Annual report of the Civil Veterinary Department, Bengal, for the year 1898-99 - 1898-1899
Year: 1898
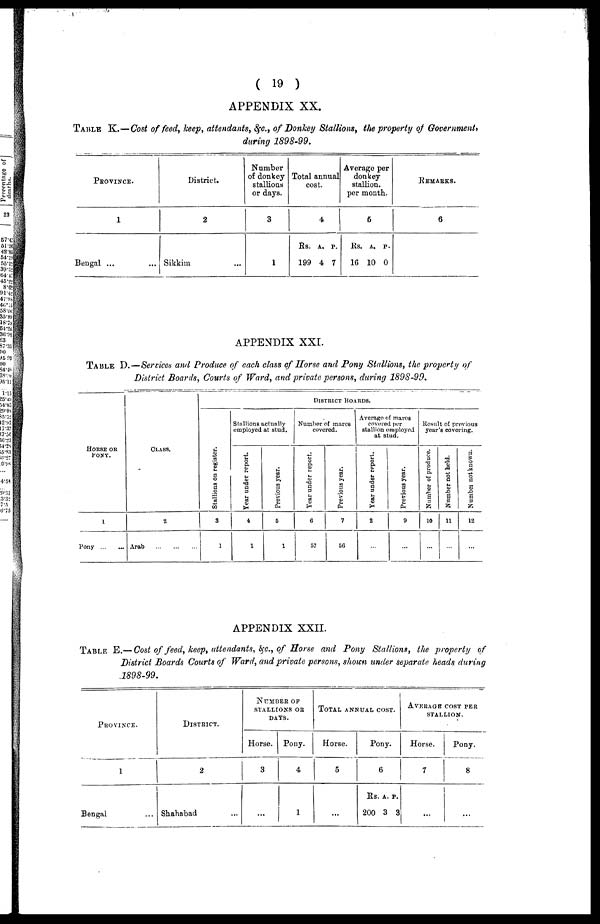
( 19 )
APPENDIX XX.
TABLE K.—Cost of feed, keep, attendants, &c., of Donkey Stallions, the property of Government,
during 1898-99.
PROVINCE.
1
Bengal ...
District.
2
Sikkim ...
Number
of donkey
stallions
or days.
3
1
Total annual
cost.
4
Rs.
199
A.
4
P.
7
Average
donkey
stallion.
per month.
5
Rs.
16
A.
10
P.
0
REMARKS.
6
APPENDIX XXI
TABLE D.—Services and Produce of each class of Horse and Pony Stallions, the property of
District Boards, Courts of Ward, and private persons, during 1898-99.
HORSE OR PONY.
l
Pony ... ...
CLASS.
2
Arab
...
...
...
DISTRICT BOARDS.
St al l
i
ons on register.
3
1
Stallions actually
employed at stud.
Year under report.
4
1
Previous year.
5
1
Number of marcs
covered.
Year under report.
6
57
Previous year.
7
56
Average of mares
covered per
stallion employed
at stud.
Year under report.
2
...
Previous year.
9
...
Result of previous
year's covering.
Number of produce.
10
...
Number not held.
11
...
Number
not known.
12
...
APPENDIX XXII.
TABLE E.— Cost of feed, keep, attendants, &c., of Horse and Pony Stallions, the property of
District Boards Courts of Ward, and private persons, shown under separate heads during
.1898-99.
PROVINCE.
1
Bengal ...
DISTRICT.
2
Shahabad ...
NUMBER OF
STALLIONS OB
DATS.
Horse.
3
...
Pony.
4
1
TOTAL ANNUAL COST.
Horse.
5
...
Pon
y.
6
Rs.
200
A.
3
P.
3
AVERAGE COST PER
STALLION.
Horse.
7
...
Pony.
8
...